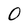
Character: O